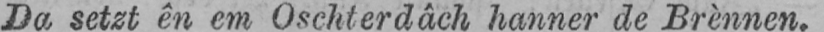
Da setzt ên em Oschterdâch hanner de Brènnen.